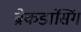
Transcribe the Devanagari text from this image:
ब्रेकडांसिंग